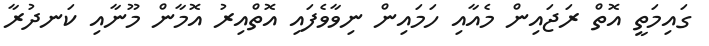
ގައިމަތީ އޮތް ރަޖައިން މެއާއި ހަމައިން ނިވާވެފައި އޮތްއިރު އޮމާން މޫނާއި ކަނދުރާ